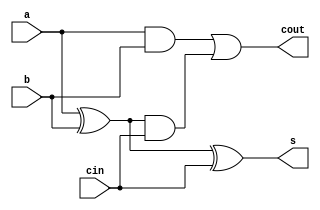
module adder(a,b,cin,s,cout);
   input a,b,cin;
   output cout,s;
	assign s=a^b^cin;
	assign cout=(a&b)|(a^b)&cin;
endmodule

module six(A,B,C,F,COUT);
    input [3:0] A,B;
	 input C;
	 output [3:0]F;
	 output COUT;
	 wire C1,C2,C3;
	 adder add1(A[0],B[0],C,F[0],C1);
	 adder add2(A[1],B[1],C1,F[1],C2);
	 adder add3(A[2],B[2],C2,F[2],C3);
	 adder add4(A[3],B[3],C3,F[3],COUT);
endmodule